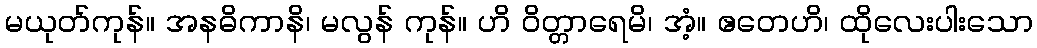
မယုတ်ကုန်။ အနဓိကာနိ၊ မလွန် ကုန်။ ဟိ ဝိတ္တာရေမိ၊ အံ့။ ဧတေဟိ၊ ထိုလေးပါးသော